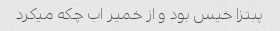
پبتزا خیس بود و از خمیر اب چکه میکرد